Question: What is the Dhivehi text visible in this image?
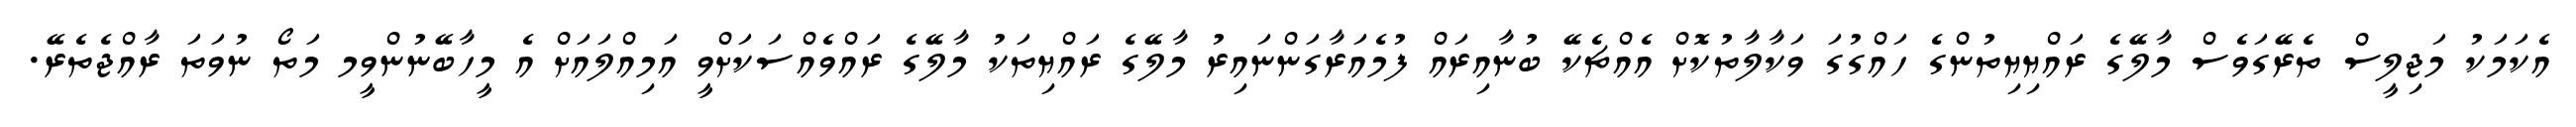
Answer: އެކަމަކު މަޖިލީސް ތެރޭގަވެސް މާލޭގެ ރައްޔިޔިތުންގެ ހައްގުގަ ވަކާލާތުކޮށް އެއްޗެކޭ ބުނާއިރައް ފުމެއަރާގަންނައިރު މާލޭގެ ރައްޔިތަކު މާލޭގެ ރައްވެއްސަކަށްވީ އަމިއްލައަށް އެ މީހާބޭނުންވީމ މަތޯ ނުވަތަ ރާއްޖެތެރޭ.